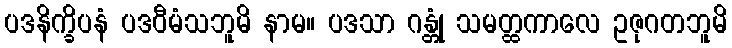
ပဒနိက္ခိပနံ ပဒဝီမံသဘူမိ နာမ။ ပဒသာ ဂန္တုံ သမတ္ထကာလေ ဥဇုဂတဘူမိ